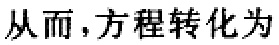
从而,方程转化为